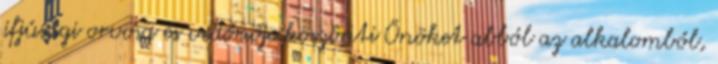
ifjúsági orvosa és védőnője köszönti Önöket abból az alkalomból,